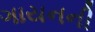
ગાયનની